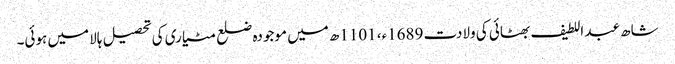
شاھ عبد اللطیف بھٹائی کی ولادت 1689ء، 1101ھ میں موجودہ ضلع مٹیاری کی تحصیل ہالا میں ہوئی۔